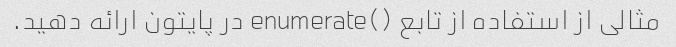
مثالی از استفاده از تابع ()enumerate در پایتون ارائه دهید.